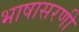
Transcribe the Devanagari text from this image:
भाषासरणी